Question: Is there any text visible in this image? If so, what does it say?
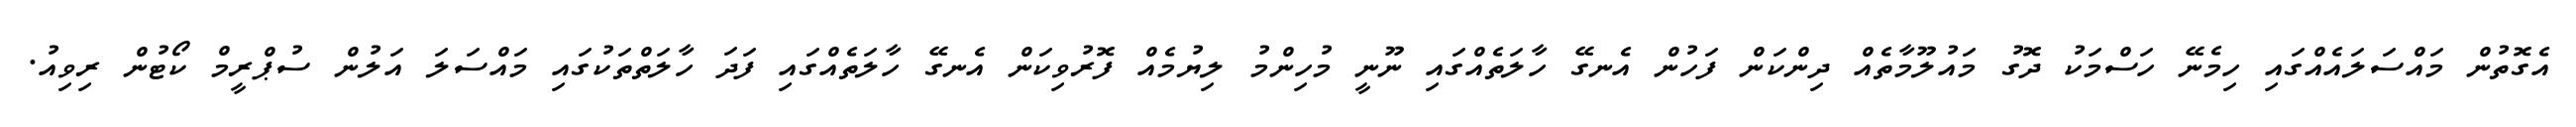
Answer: އެގޮތުން މައްސަލައެއްގައި ހިމެނޭ ހަސްމަކު ދޮގު މައުލޫމާތެއް ދިންކަން ފަހުން އެނގޭ ހާލަތެއްގައި ނޫނީ މުހިންމު ލިޔުމެއް ފޮރުވިކަން އެނގޭ ހާލަތެއްގައި ފަދަ ހާލަތްތަކުގައި މައްސަލަ އަލުން ސުޕްރީމް ކޯޓުން ރިވިއު.